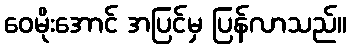
ဝေမိုးအောင် အပြင်မှ ပြန်လာသည်။